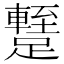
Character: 𨆧